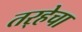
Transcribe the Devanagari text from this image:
तर्‍हेचा